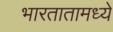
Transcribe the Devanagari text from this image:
भारतातामध्ये